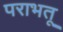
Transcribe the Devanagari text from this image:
पराभतू